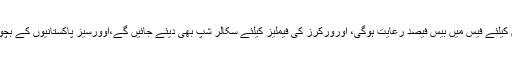
اوورسیزپاکستانیوں کیلئے سرکاری تعلیمی اداروں میں دو بچوں کیلئے فیس میں بیس فیصد رعایت ہوگی، اورورکرز کی فیملیز کیلئے سکالر شپ بھی دیئے جائیں گے،اوورسیز پاکستانیوں کے بچوں کیلئے تعلیمی قرض کی سکیم بھی متعارف کرائی جائے گی۔